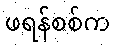
ဖရန်စစ်က